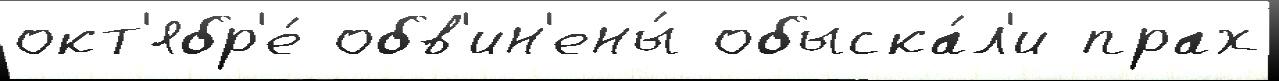
окт'ябр'е́ обв'ин'ены́ обыска́л'и прах